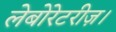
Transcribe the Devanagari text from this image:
लेबोरेटरीज़।